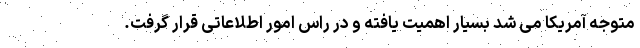
متوجه آمریکا می شد بسیار اهمیت یافته و در راس امور اطلاعاتی قرار گرفت.